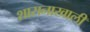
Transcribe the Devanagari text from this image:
शासनाखाली